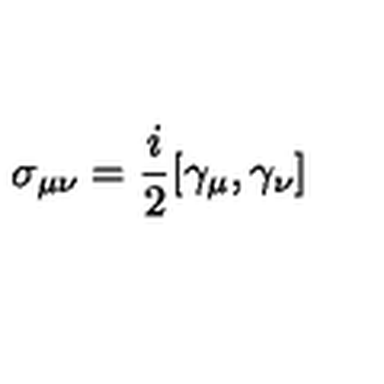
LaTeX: \sigma _ { \mu \nu } = \frac { i } { 2 } [ \gamma _ { \mu } , \gamma _ { \nu } ]